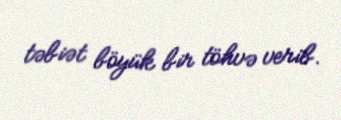
təbiət böyük bir töhvə verib.